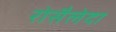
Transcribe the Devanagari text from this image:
रोसैलेदा